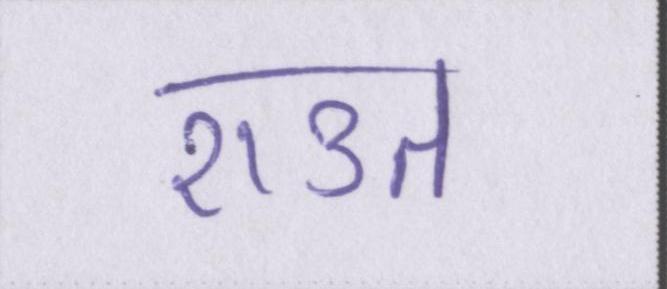
राउत